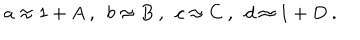
a \approx 1 + A ~ , ~ ~ b \approx B ~ , ~ ~ c \approx C ~ , ~ ~ d \approx 1 + D ~ .